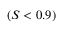
( S < 0 . 9 )